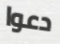
دعوا